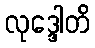
လုဒ္ဒေါတိ